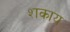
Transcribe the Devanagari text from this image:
शकाय